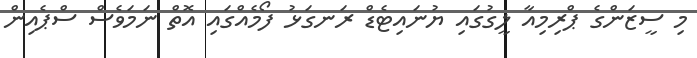
މި ސީޒަންގެ ޕްރިމިއާ ލީގުގައި ޔުނައިޓެޑް ރަނގަޅު ފޯމެއްގައި އޮތް ނަމަވެސް ސްޕެއިން